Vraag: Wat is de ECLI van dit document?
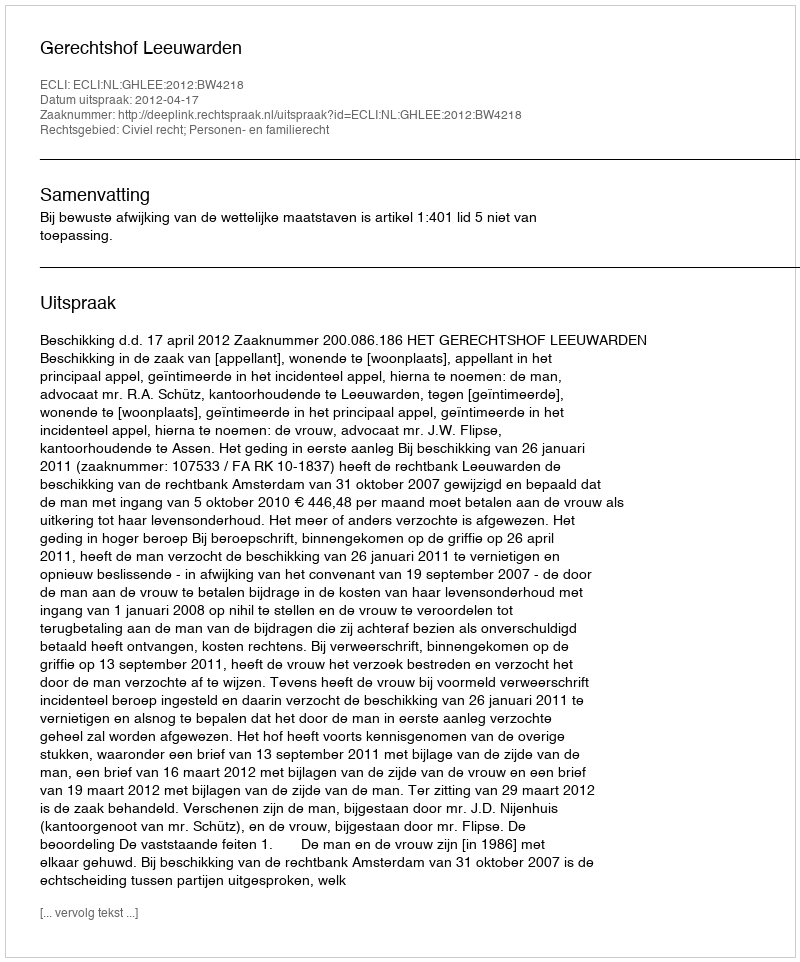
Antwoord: ECLI:NL:GHLEE:2012:BW4218